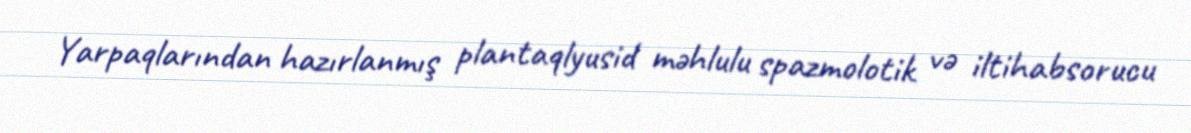
Yarpaqlarından hazırlanmış plantaqlyusid məhlulu spazmolotik və iltihabsorucu